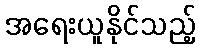
အရေးယူနိုင်သည့်